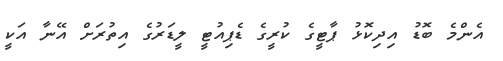
އެންމެ ބޮޑު އިދިކޮޅު ޕާޓީގެ ކުރީގެ ޑެޕިއުޓީ ލީޑަރުގެ އިތުރަށް އޭނާ އަކީ